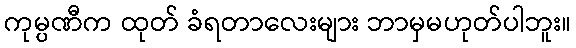
ကုမ္ပဏီက ထုတ် ခံရတာလေးများ ဘာမှမဟုတ်ပါဘူး။